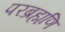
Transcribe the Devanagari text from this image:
परब्रह्मणि